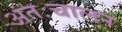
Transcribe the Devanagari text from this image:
अंतःचालन